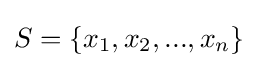
S=\{x_{1},x_{2},...,x_{n}\}